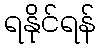
ရနိုင်ရန်